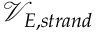
\mathcal { V } _ { E , s t r a n d }